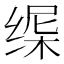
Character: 𬘸